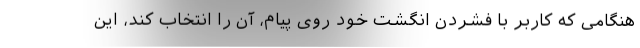
هنگامی که کاربر با فشردن انگشت خود روی پیام، آن را انتخاب کند، این